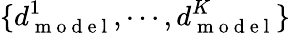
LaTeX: \{ d_{\mathrm{~m~o~d~e~l~}}^{1},\cdots,d_{\mathrm{~m~o~d~e~l~}}^{K}\}